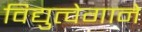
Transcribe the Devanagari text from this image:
विद्युत्‍वेगाने